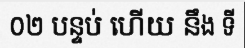
០២ បន្ទប់ ហើយ នឹង ទី